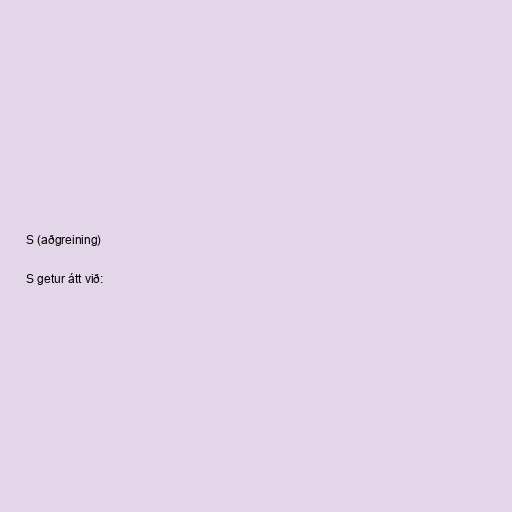
S (aðgreining)

S getur átt við: